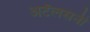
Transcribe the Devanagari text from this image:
अटॅलसनी